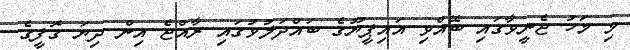
މި މަހު ޖެނީވާގައި ބޭއްވި އައިޕީޔޫގެ ބައްދަލުވުގައި ރާއްޖެ އިން ދިޔަ ގޮފީގެ